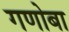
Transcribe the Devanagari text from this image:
गणोबा